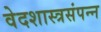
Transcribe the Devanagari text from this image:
वेदशास्त्रसंपन्‍न